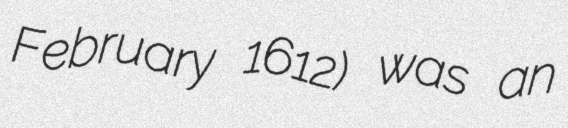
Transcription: February 1612) was an